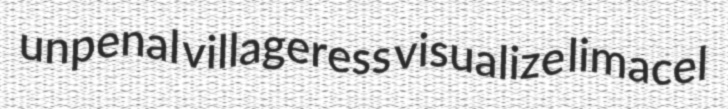
unpenal villageress visualize limacel